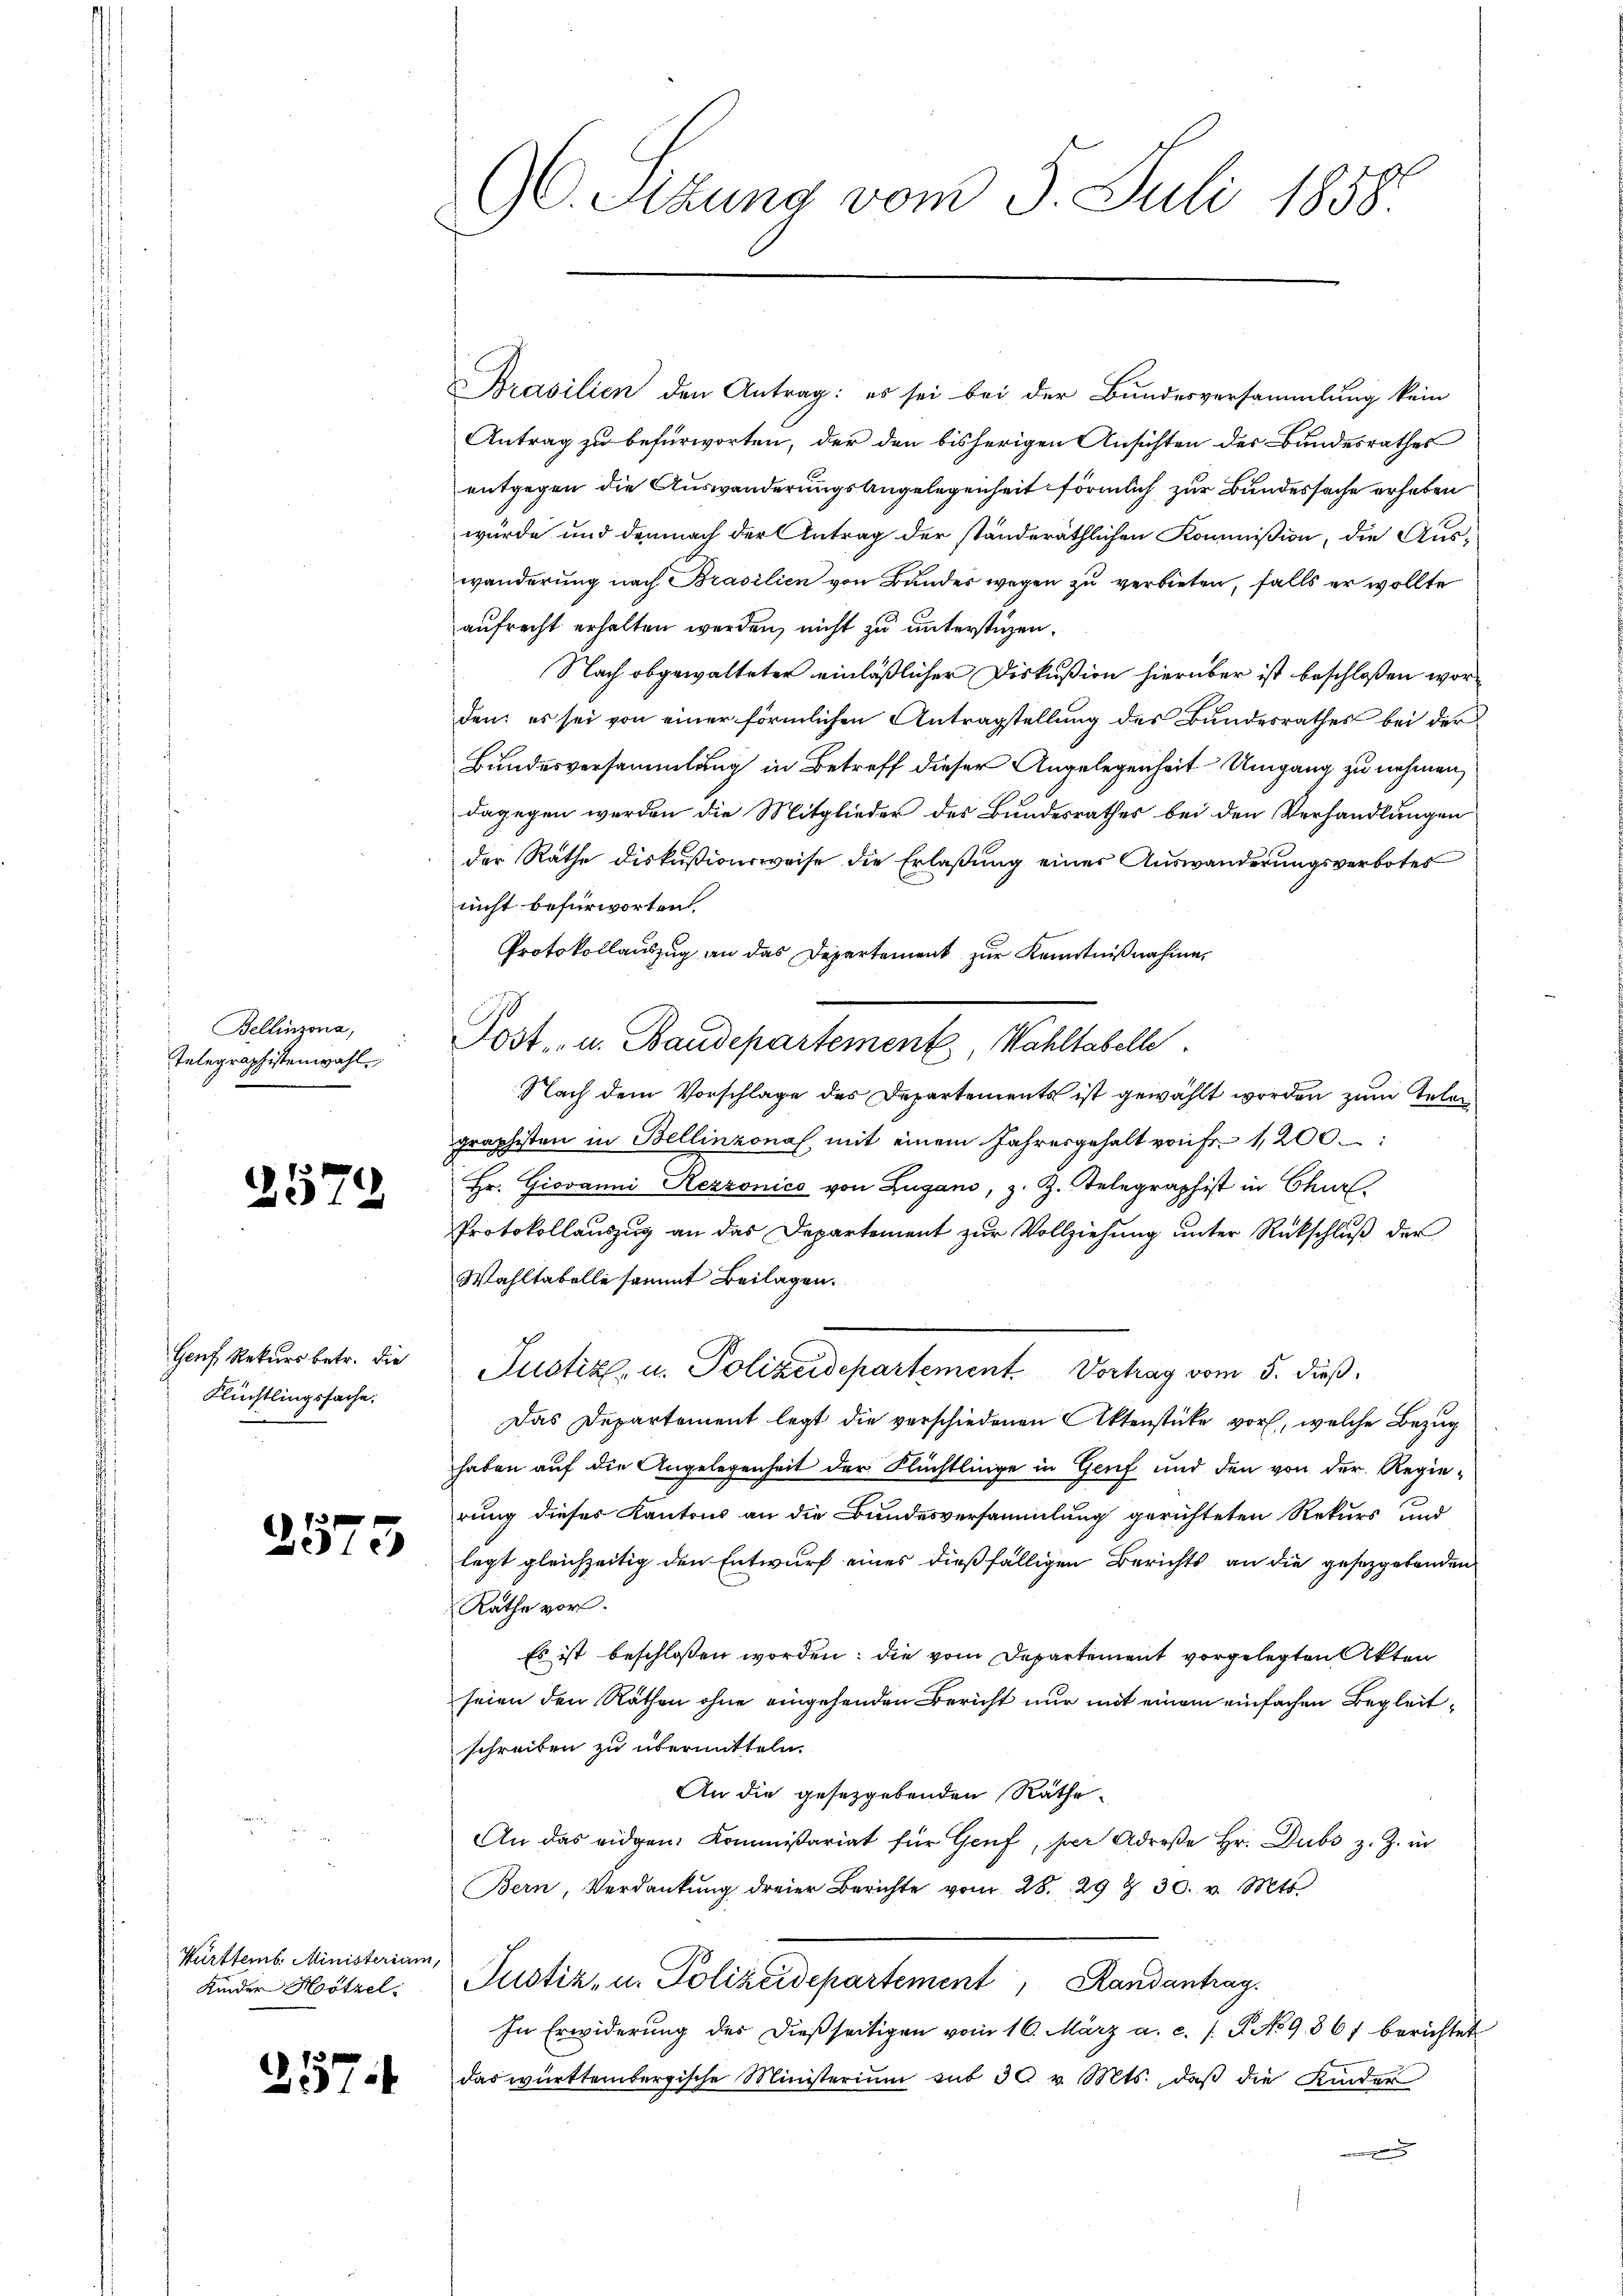
Bellinzona,
¬
Telegraphistenwahl.

2579

Flüchtlingssache.

f
210

Württemb. Ministerium,
Kinder Hötzel.

257.

Brasilien den Antrag: es sei bei der Bundesversammlung kein
Antrag zu befürworten, der den bisherigen Ansichten des Bundesrathes
entgegen die Auswanderungsangelegenheit förmlich zur Bundessache erhaben
würde und demnach der Antrag der ständeräthlichen Kommißion, die Auswanderung nach Brasilien von Bunder wegen zu verbieten, falls er wollte
aufrecht erhalten werden, nicht zu unterstüzen.
Nach obgewalteter einläßlicher Diskußion hierüber ist beschloßen worden; es sei von einer förmlichen Antragstellung des Bundesrathes bei der
Bundesversammlung in Betreff dieser Angelegenheit Umgang zu nehmen,
dagegen werden die Mitglieder des Bundesrathes bei den Verhandlungen
der Räthe diskußionsweise die Erlaßung eines Auswanderungsverbotes
nicht befürworten
Protokollauszug an das Departement zur Kenntnißnahme,
0
Post- u. Baudepartement, Wahltabelle
Nach dem Vorschlage des Departements ist gewählt worden zum Telen
graphisten in Bellinzona mit einem Jahresgehalt von Fr. 1200.
Hr. Giovanni Rezzonico von Zugano, z. Z. Gelegraphist in Churl.
Protokollauszug an das Departement zur Vollziehung unter Rückschluß der
Wahltabelle sammt Beilagen.
Genf Rekŭrs betr. die Justiz- u. Polizeidepartement. Vortrag vom 5. dieß,
Das Departement legt die verschiedenen Aktenstücke vor, welche Bezug
haben auf die Angelegenheit der Flüchtlinge in Genf und den von der Regierung dieses Kantons an die Bundesversammlung gerichteten Rekurs und
legt gleichzeitig den Entwurf eines dießfälligen Berichts an die gesetzgebenden
Rathe vor.
Es ist beschlossen worden; die vom Departement vorgelegten Akten
seien den Räthen ohne eingehenden Bericht nur mit einem einfachen Begleitschreiben zu übermitteln.
An die gesetzgebenden Räthe
An das eidgen. Kommißariat für Genf, per Adrese Hr. Dubs z. Z. in
Bern, Verdankŭng dreier Berichte vom 28. 294. 30. v. Mts.
Justiz- u. Polizeidepartement, Randantrag.
In Erwiderŭng des dießseitigen vom 16. März a. c. / P No 9867 berichtet
das württembergische Ministerium mit 30 v. Mts., daβ die Kinder

96. Sizung vom 5. Juli 1858.